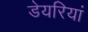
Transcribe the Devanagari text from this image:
डेयरियां